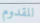
للقدوم